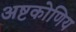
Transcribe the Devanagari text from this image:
अष्टकोणिय